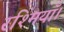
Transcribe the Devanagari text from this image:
रश्मियाँ।